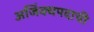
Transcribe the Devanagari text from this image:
अजिंक्यपदाची